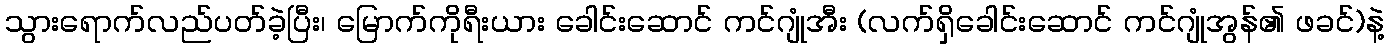
သွားရောက်လည်ပတ်ခဲ့ပြီး၊ မြောက်ကိုရီးယား ခေါင်းဆောင် ကင်ဂျုံအီး (လက်ရှိခေါင်းဆောင် ကင်ဂျုံအွန်၏ ဖခင်)နဲ့